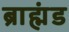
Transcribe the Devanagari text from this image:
ब्राह्मंड